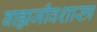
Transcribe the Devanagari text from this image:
बाह्यजीवशास्त्र